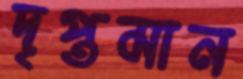
দৃপ্তমান